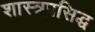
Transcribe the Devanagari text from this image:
शास्त्रप्रसिद्ध